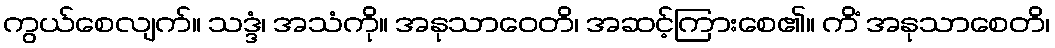
ကွယ်စေလျက်။ သဒ္ဒံ၊ အသံကို။ အနုသာဝေတိ၊ အဆင့်ကြားစေ၏။ ကိံ အနုသာစေတိ၊